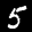
Label: 5